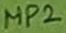
Text: MP2